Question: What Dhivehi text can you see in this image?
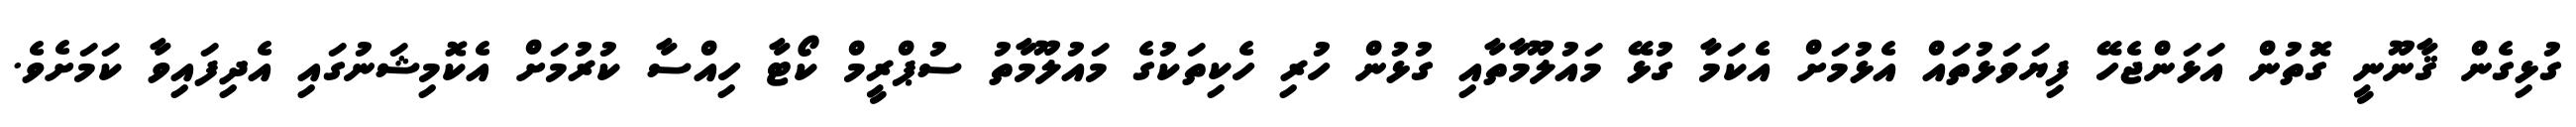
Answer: ގުޅިގެން ޤާނޫނީ ގޮތުން އަޅަންޖެހޭ ފިޔަވަޅުތައް އެޅުމަށް އެކަމާ ގުޅޭ މައުލޫމާތާއި ގުޅުން ހުރި ހެކިތަކުގެ މައުލޫމާތު ސުޕްރީމް ކޯޓާ ހިއްސާ ކުރުމަށް އެކޮމިޝަނުގައި އެދިފައިވާ ކަމަށެވެ.